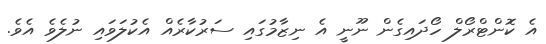
އެ ކޮންޓްރޯލް ހޯދައިގެން ނޫނީ އެ ނިޒާމުގައި ސަރުކާރެއް އެކުލަވައި ނުލެވެ އެވެ.